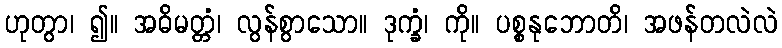
ဟုတွာ၊ ၍။ အဓိမတ္တံ၊ လွန်စွာသော။ ဒုက္ခံ၊ ကို။ ပစ္စနုဘောတိ၊ အဖန်တလဲလဲ